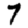
Digit: 7